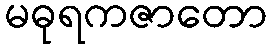
မဓုရကဇာတော